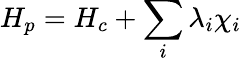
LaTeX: H_{p}=H_{c}+\sum_{i}\lambda_{i}\chi_{i}